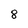
Character: 8